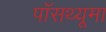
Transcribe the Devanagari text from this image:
पॉसथ्यूमा